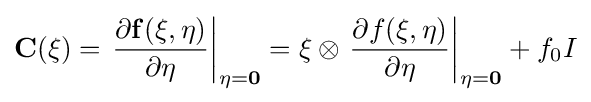
{\bf {C}}({\bf {\xi }})=\left.{\frac {\partial {\bf {f}}({\bf {\xi }},{\bf {\eta }})}{\partial {\bf {\eta }}}}\right|_{{\bf {\eta }}={\bf {0}}}={\bf {\xi }}\otimes \left.{\frac {\partial f({\bf {\xi }},{\bf {\eta }})}{\partial {\bf {\eta }}}}\right|_{{\bf {\eta }}={\bf {0}}}+f_{0}I